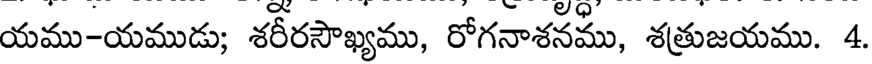
యము-యముడు; శరీరసౌఖ్యము, రోగనాశనము, శత్రుజయము. 4.